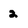
Character: 2